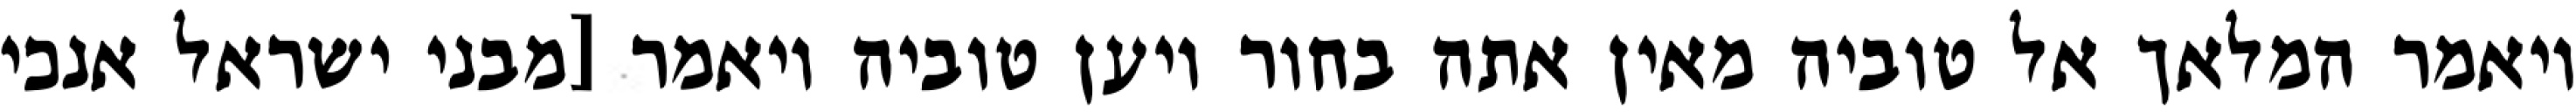
ויאמר המלאך אל טוביה מאין אתה בחור ויען טוביה ויאמר [מבני ישראל אנכי